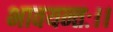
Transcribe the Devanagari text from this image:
भावयन्तः।।